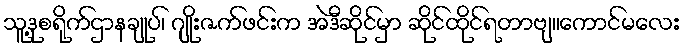
သူ့ဒုစရိုက်ဌာနချုပ်၊ ဂျိုးဇက်ဖင်းက အဲဒီဆိုင်မှာ ဆိုင်ထိုင်ရတာဗျ။ကောင်မလေး